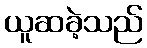
ယူဆခဲ့သည်